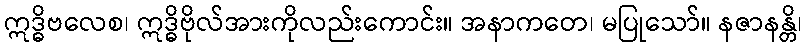
ဣဒ္ဓိဗလေစ၊ ဣဒ္ဓိဗိုလ်အားကိုလည်းကောင်း။ အနာကတေ၊ မပြုသော်။ နဇာနန္တိ၊